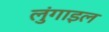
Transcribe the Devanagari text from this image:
लुंगाइल